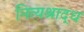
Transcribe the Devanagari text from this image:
नित्यश्राद्ध